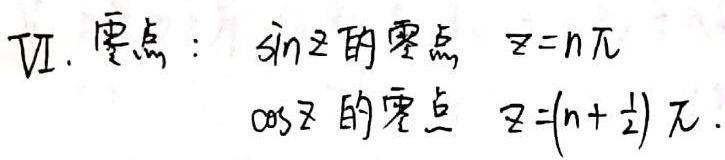
VI. 要点：\(\sin z\)的零点 \(z = n\pi\)，\(\cos z\)的零点 \(z =(n+\frac{1}{2})\pi\)。